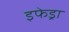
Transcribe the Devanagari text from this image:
इफेड्रा